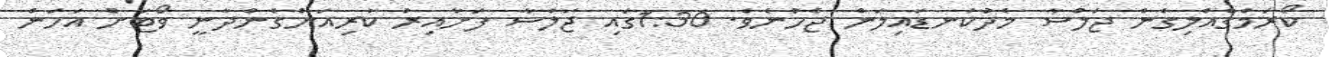
ކޯރަމްގެއްލިގެން ޖަލްސާ މެދުކަނޑައިލަން ޖެހުނެވެ. 1:30ގައި ޖަލްސާ ފަށާއިރު ކުރިއަށްގެންދާނީ ވޯޓަށް އަހަން